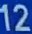
12